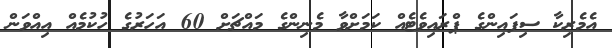
އެމެރިކާ ސިފައިންގެ ޕްރައިވެޓެއް ކަމަށްވާ މެނިންގެ މައްޗަށް 60 އަހަރުގެ ހުކުމެއް އިއްވަން